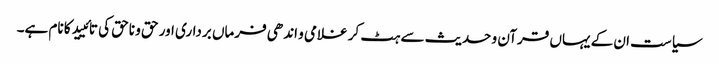
سیاست ان کے یہاں قرآن و حدیث سے ہٹ کر غلامی و اندھی فرماں برداری اور حق و ناحق کی تائیید کا نام ہے۔